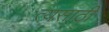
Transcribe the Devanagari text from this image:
त्यसाठी